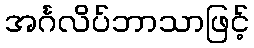
အင်္ဂလိပ်ဘာသာဖြင့်